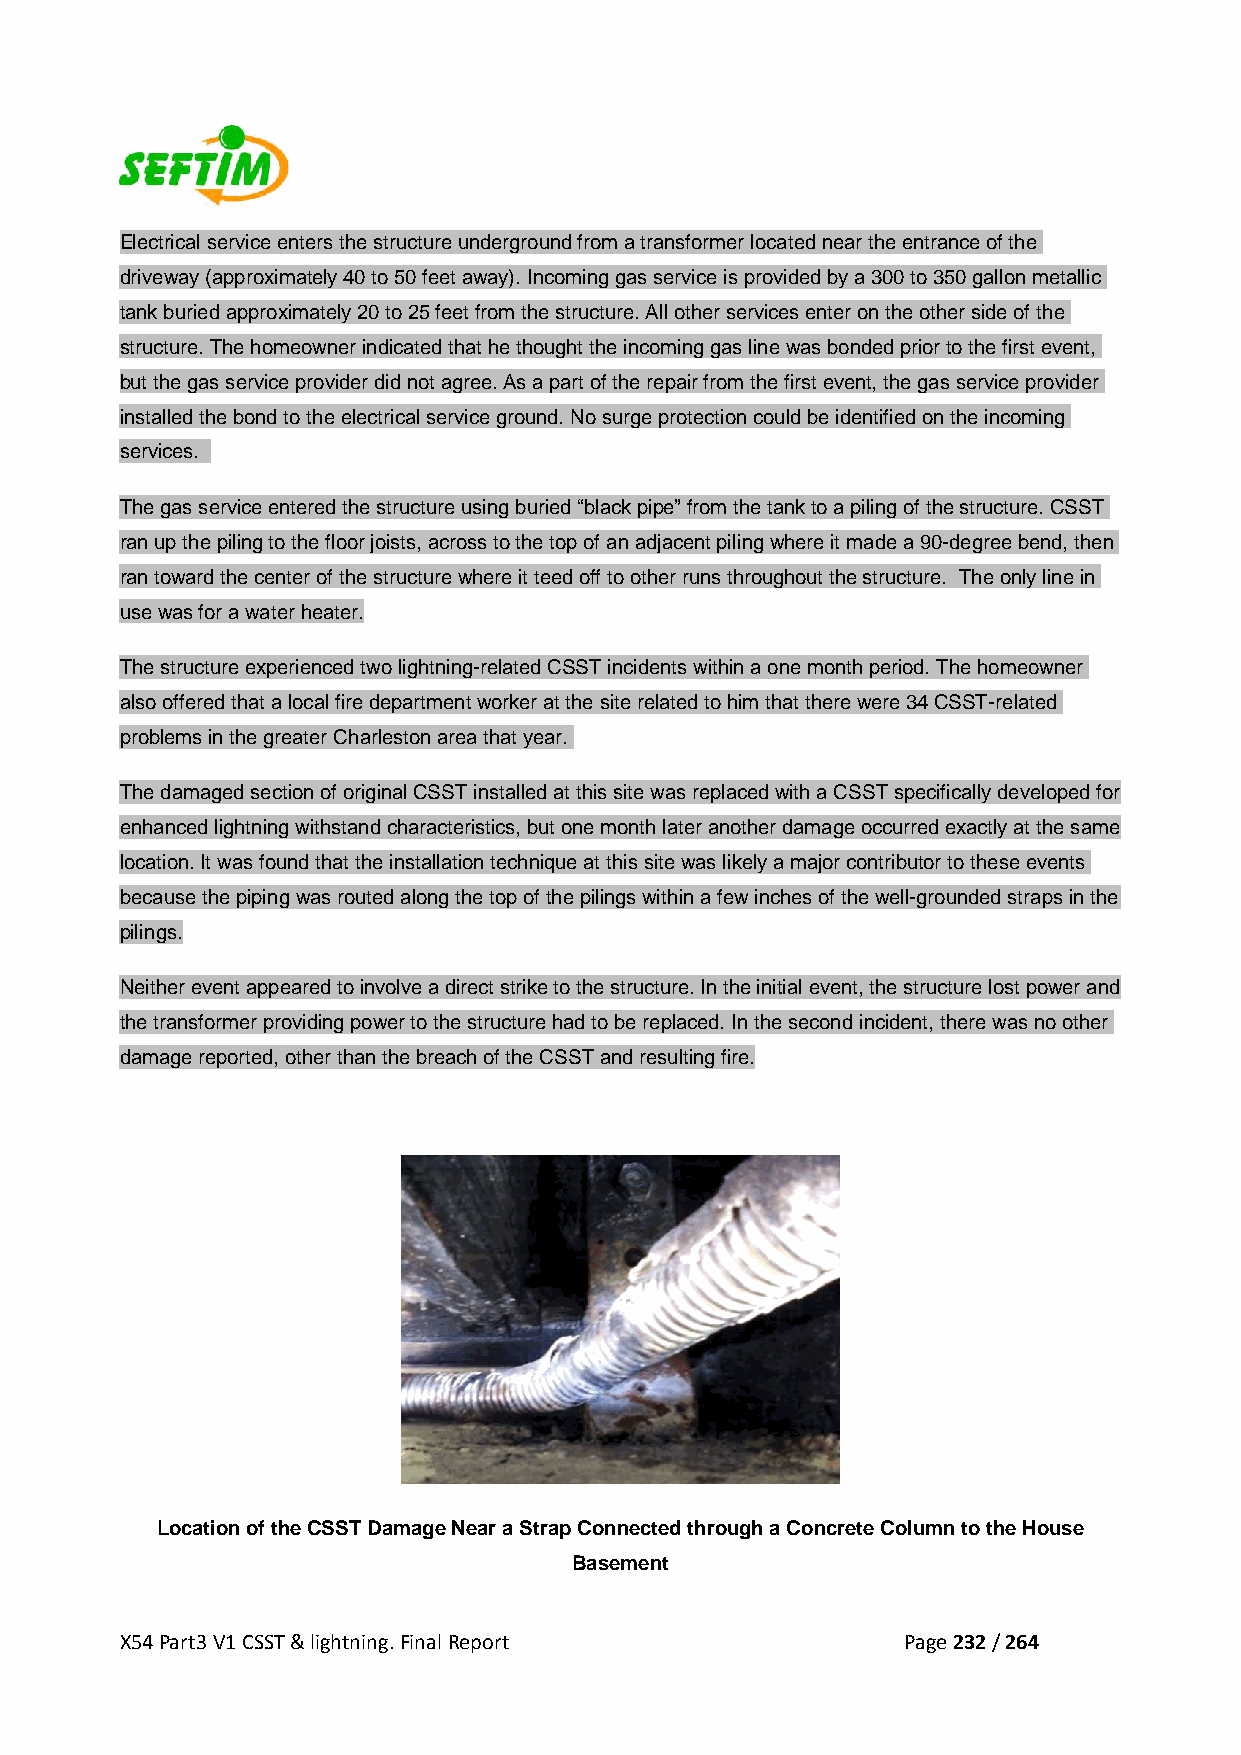
Electrical service enters the structure underground from a transformer located near the entrance of the
 driveway (approximately 40 to 50 feet away). Incoming gas service is provided by a 300 to 350 gallon metallic
 tank buried approximately 20 to 25 feet from the structure. All other services enter on the other side of the
 structure. The homeowner indicated that he thought the incoming gas line was bonded prior to the first event,
 but the gas service provider did not agree. As a part of the repair from the first event, the gas service provider
 installed the bond to the electrical service ground. No surge protection could be identified on the incoming
 services.
 The gas service entered the structure using buried “black pipe” from the tank to a piling of the structure. CSST
 ran up the piling to the floor joists, across to the top of an adjacent piling where it made a 90-degree bend, then
 ran toward the center of the structure where it teed off to other runs throughout the structure. The only line in
 use was for a water heater.
 The structure experienced two lightning-related CSST incidents within a one month period. The homeowner
 also offered that a local fire department worker at the site related to him that there were 34 CSST-related
 problems in the greater Charleston area that year.
 The damaged section of original CSST installed at this site was replaced with a CSST specifically developed for
 enhanced lightning withstand characteristics, but one month later another damage occurred exactly at the same
 location. It was found that the installation technique at this site was likely a major contributor to these events
 because the piping was routed along the top of the pilings within a few inches of the well-grounded straps in the
 pilings.
 Neither event appeared to involve a direct strike to the structure. In the initial event, the structure lost power and
 the transformer providing power to the structure had to be replaced. In the second incident, there was no other
 damage reported, other than the breach of the CSST and resulting fire.
 Location of the CSST Damage Near a Strap Connected through a Concrete Column to the House
 Basement
 X54 Part3 V1 CSST & lightning. Final Report         Page 232 / 264